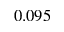
0 . 0 9 5